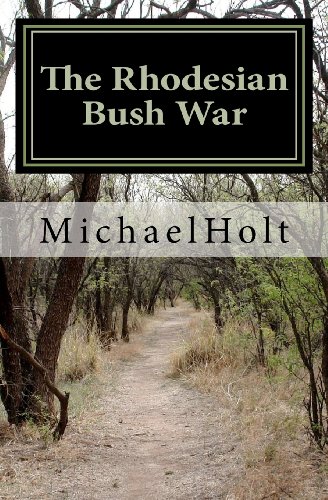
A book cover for The Rhodesian Bush War; Mr Michael Holt; History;